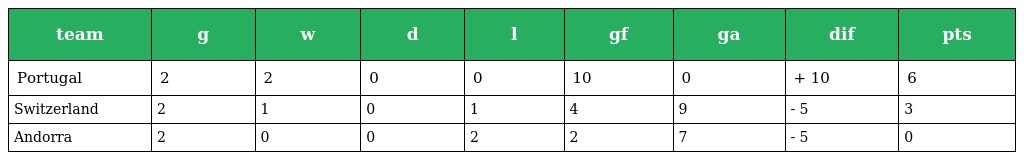
| team | g | w | d | l | gf | ga | dif | pts |
 | --- | --- | --- | --- | --- | --- | --- | --- | --- |
 | Portugal | 2 | 2 | 0 | 0 | 10 | 0 | + 10 | 6 |
 | Switzerland | 2 | 1 | 0 | 1 | 4 | 9 | - 5 | 3 |
 | Andorra | 2 | 0 | 0 | 2 | 2 | 7 | - 5 | 0 |